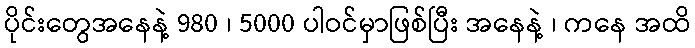
ပိုင်းတွေအနေနဲ့ 980 ၊ 5000 ပါဝင်မှာဖြစ်ပြီး အနေနဲ့ ၊ ကနေ အထိ